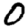
Digit: 0